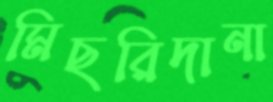
মিছরিদানা